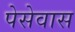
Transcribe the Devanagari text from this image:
पेसेवास